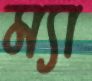
ম্যা